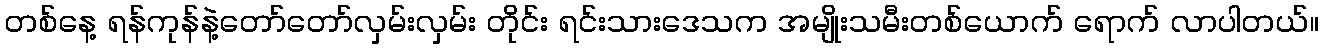
တစ်နေ့ ရန်ကုန်နဲ့တော်တော်လှမ်းလှမ်း တိုင်း ရင်းသားဒေသက အမျိုးသမီးတစ်ယောက် ရောက် လာပါတယ်။